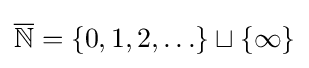
{\overline {\mathbb {N} }}=\{0,1,2,\ldots \}\sqcup \{\infty \}